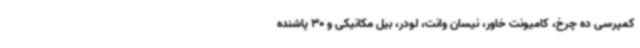
کمپرسی ده چرخ، کامیونت خاور، نیسان وانت، لودر، بیل مکانیکی و 30 پاشنده